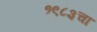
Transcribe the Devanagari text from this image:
१९८३चा